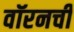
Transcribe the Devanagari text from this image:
वॉरनची